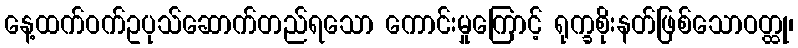
နေ့ထက်ဝက်ဥပုသ်ဆောက်တည်ရသော ကောင်းမှုကြောင့် ရုက္ခစိုးနတ်ဖြစ်သောဝတ္ထု၊